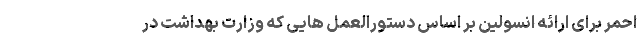
احمر برای ارائه انسولین بر اساس دستورالعمل هایی که وزارت بهداشت در